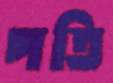
পতি